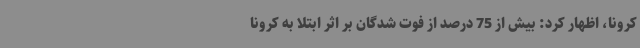
کرونا، اظهار کرد: بیش از 75 درصد از فوت شدگان بر اثر ابتلا به کرونا